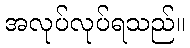
အလုပ်လုပ်ရသည်။